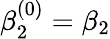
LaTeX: \beta_{2}^{(0)}=\beta_{2}